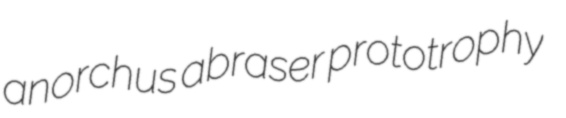
anorchus abraser prototrophy